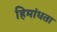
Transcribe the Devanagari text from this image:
हिमांधता